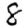
Digit: 8